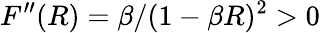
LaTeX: F^{\prime\prime}(R)=\beta/(1-\beta R)^{2}>0